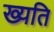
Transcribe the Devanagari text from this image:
ख्यति